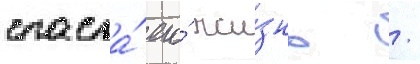
спасла́ его́ жи́знь /